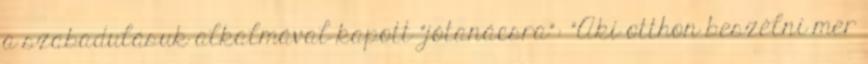
a szabadulásuk alkalmával kapott “jótanácsra”: “Aki otthon beszélni mer